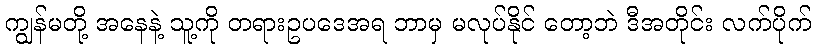
ကျွန်မတို့ အနေနဲ့ သူ့ကို တရားဥပဒေအရ ဘာမှ မလုပ်နိုင် တော့ဘဲ ဒီအတိုင်း လက်ပိုက်